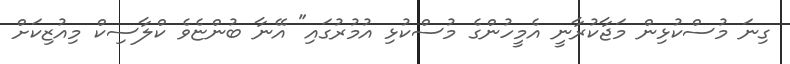
ގިނަ މުސްކުޅިން މަޖާކުރާނީ އެމީހުންގެ މުސްކުޅި އުމުރުގައި" އޭނާ ބުންޏެވެ ކްލާސިކް މިއުޒިކަށް